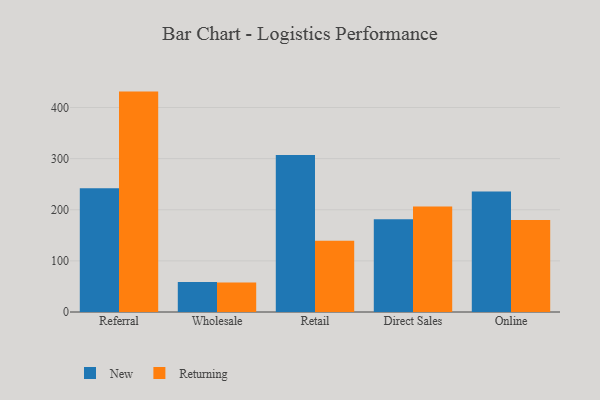
{"axis": {"x": "Channel", "y": "Temperature (°C)"}, "legend": ["New", "Returning"], "data": [{"x": "Referral", "y": 241.9, "type": "New"}, {"x": "Referral", "y": 431.1, "type": "Returning"}, {"x": "Wholesale", "y": 58.5, "type": "New"}, {"x": "Wholesale", "y": 57.5, "type": "Returning"}, {"x": "Retail", "y": 307.1, "type": "New"}, {"x": "Retail", "y": 139.5, "type": "Returning"}, {"x": "Direct Sales", "y": 181.6, "type": "New"}, {"x": "Direct Sales", "y": 206.5, "type": "Returning"}, {"x": "Online", "y": 235.7, "type": "New"}, {"x": "Online", "y": 179.8, "type": "Returning"}]}